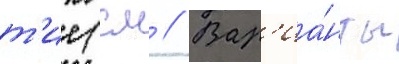
т'ие (см // Вар'иа́нты